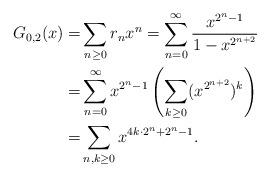
LaTeX: \begin{align*}G_{0,2}(x)=&\sum_{n\geq 0} r_{n} x^n = \sum_{n=0}^\infty \frac{x^{2^n-1}}{1-x^{2^{n+2}}}\\=&\sum_{n=0}^{\infty}x^{2^n-1}\left(\sum_{k\ge 0}(x^{2^{n+2}})^k\right)\\=&\sum_{n,k\ge 0}x^{4k\cdot 2^{n}+2^{n}-1}.\end{align*}